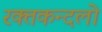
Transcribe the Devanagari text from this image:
रक्तकन्दलो